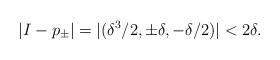
LaTeX: \begin{align*}|I -p_{\pm}| = |(\delta ^3/2, \pm \delta , -\delta/2)| < 2 \delta. \end{align*}